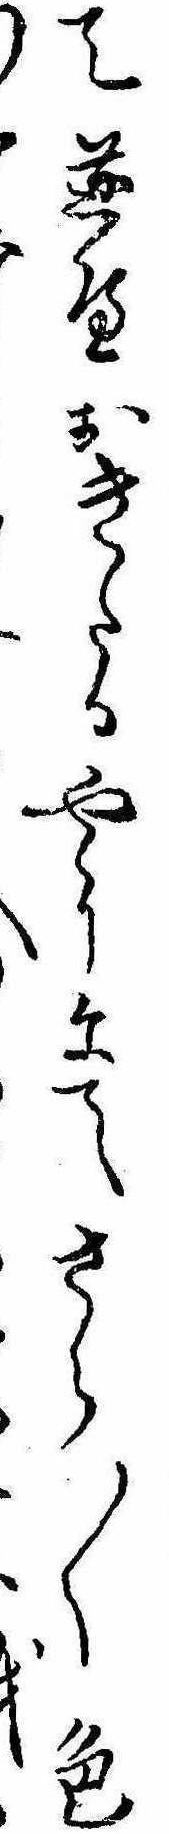
て並へおきたるやうにてさら〱色